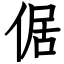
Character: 倨